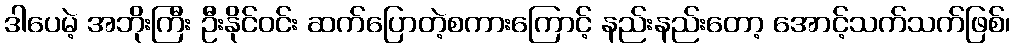
ဒါပေမဲ့ အဘိုးကြီး ဦးနိုင်ဝင်း ဆက်ပြောတဲ့စကားကြောင့် နည်းနည်းတော့ အောင့်သက်သက်ဖြစ်၊